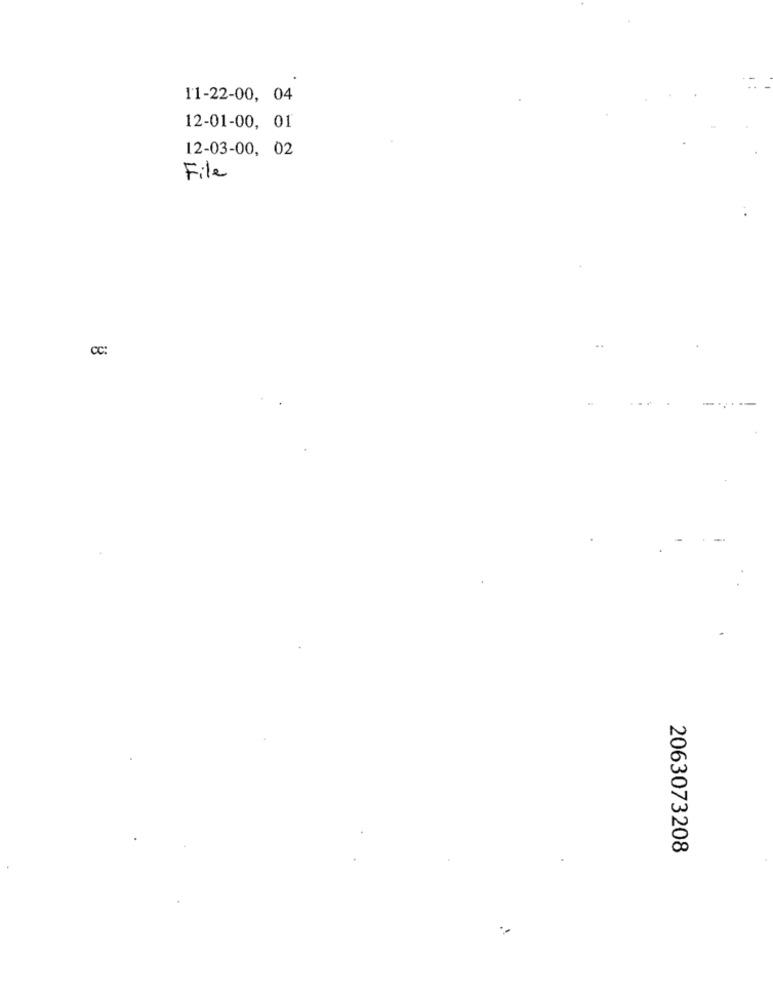
11-22-00, 04
12-01-00, 01
12-03-00, 02
File
CC:
2063073208